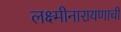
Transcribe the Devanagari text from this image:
लक्ष्मीनारायणाची